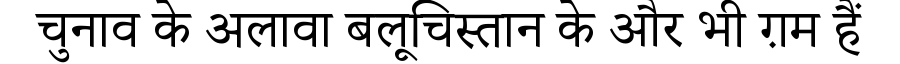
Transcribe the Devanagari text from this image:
चुनाव के अलावा बलूचिस्तान के और भी ग़म हैं